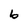
Character: b